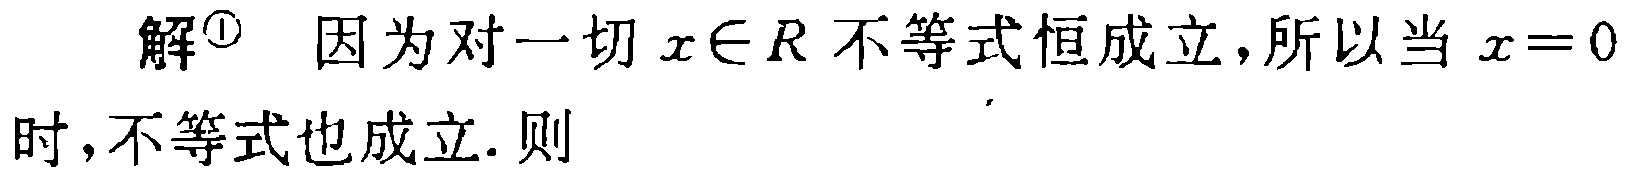
解<sup>\textcircled{1}</sup> 因为对一切 \(x\in R\) 不等式恒成立，所以当 \(x = 0\) 时，不等式也成立. 则